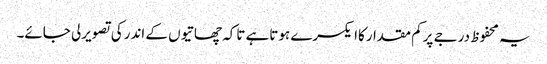
یہ محفوظ درجے پرکم مقدارکاایکسرے ہوتاہے تاکہ چھاتیوں کے اندرکی تصویرلی جائے۔